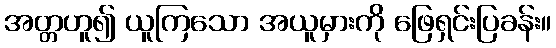
အတ္တဟူ၍ ယူကြသော အယူမှားကို ဖြေရှင်းပြခန်း။